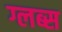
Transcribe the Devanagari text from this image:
ग्लब्स